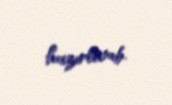
hazırlanıb.